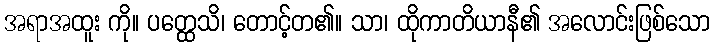
အရာအထူး ကို။ ပတ္ထေသိ၊ တောင့်တ၏။ သာ၊ ထိုကာတိယာနီ၏ အလောင်းဖြစ်သော